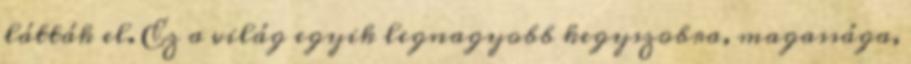
látták el. Ez a világ egyik legnagyobb kegyszobra, magassága,